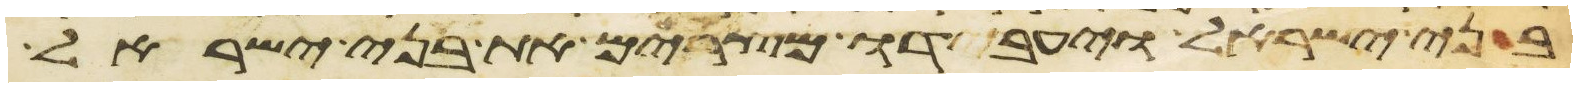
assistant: בני ישראל ויעבדו מצרים את בני ישראל